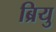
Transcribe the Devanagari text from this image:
ब्रियु